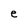
Character: e